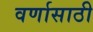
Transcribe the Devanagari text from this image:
वर्णासाठी